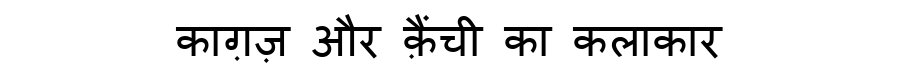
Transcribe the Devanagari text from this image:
काग़ज़ और क़ैंची का कलाकार